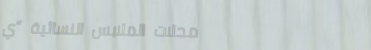
محلات الملابس النسائية “ي